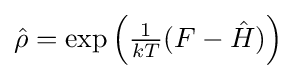
{\hat {\rho }}=\exp \left({\tfrac {1}{kT}}(F-{\hat {H}})\right)